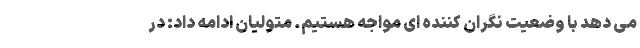
می دهد با وضعیت نگران کننده ای مواجه هستیم. متولیان ادامه داد: در